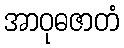
အာဝုဓဇာတံ